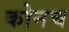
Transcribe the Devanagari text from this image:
कोनच